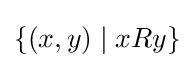
\{(x,y)\mid xRy\}